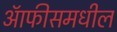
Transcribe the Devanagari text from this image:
ऑफीसमधील